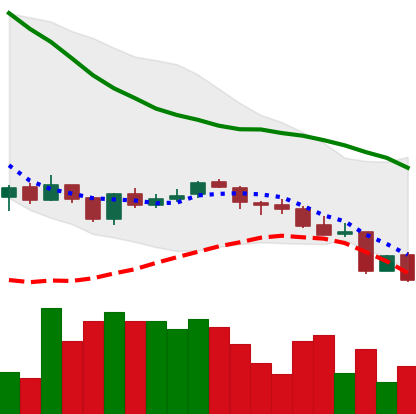
Ticker: LINK-USD
Chart end date: 2018-06-12
Forward return: -6.401%
Label: down_5_7